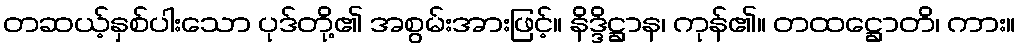
တဆယ့်နှစ်ပါးသော ပုဒ်တို့၏ အစွမ်းအားဖြင့်။ နိဒ္ဒိဋ္ဌာန၊ ကုန်၏။ တထဋ္ဌောတိ၊ ကား။